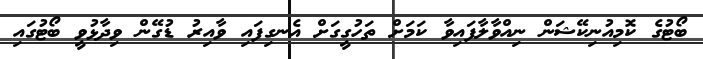
ބޯޓުގެ ކޮމިއުނިކޭޝަން ނިއްވާލާފައިވާ ކަމަށް ތަހުގީގަށް އެނގިފައި ވާއިރު ޑުގޭން ވިދާޅުވީ ބޯޓުގައި